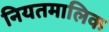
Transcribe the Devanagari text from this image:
नियतमालिक